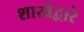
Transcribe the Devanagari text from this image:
शाखेद्वारे